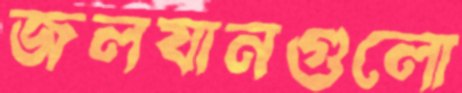
জলযানগুলো